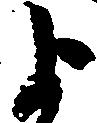
よ